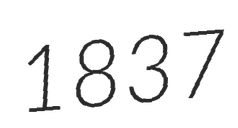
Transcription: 1837